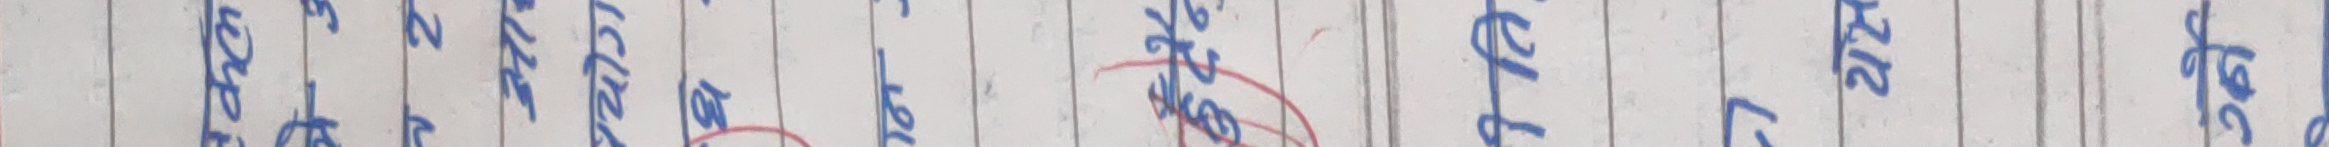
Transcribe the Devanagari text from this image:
दै आउँछ ।